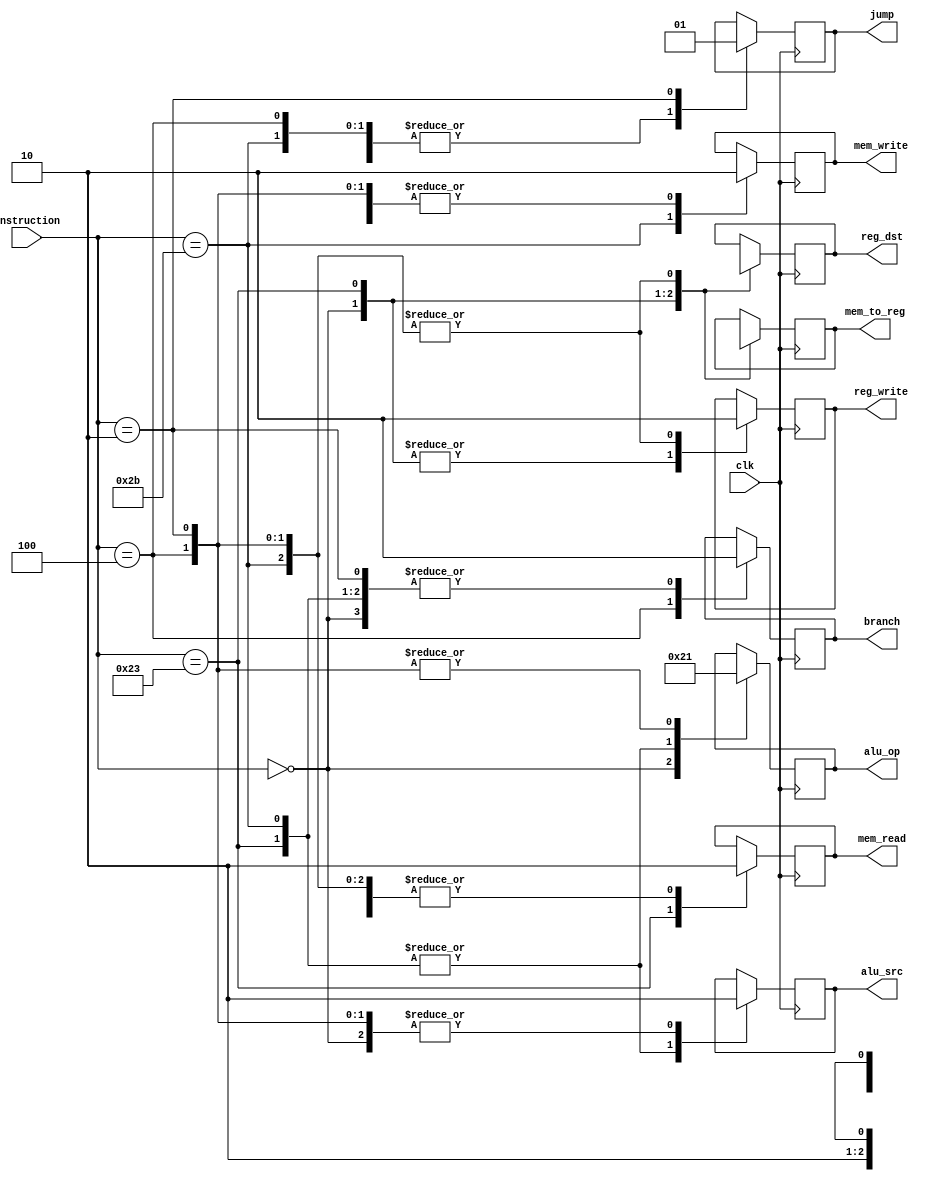
`timescale 1ns / 1ps

module control_unit(input clk, input wire [5:0] instruction, output reg reg_dst, output reg jump, output reg branch, output reg mem_read, 
                    output reg mem_to_reg, output reg [1:0] alu_op, output reg mem_write, output reg alu_src, output reg reg_write);
    
    always@(negedge clk) begin
        case(instruction)
            //case 1: r-format
            6'b000000: begin
                reg_dst=1; 
                alu_src=0;
                mem_to_reg=0;
                reg_write=1;
                mem_read=0;
                mem_write=0;
                branch=0;
                jump=0;
                alu_op=2'b10;
            end
            //case 2: lw
            6'b100011: begin
                reg_dst=0; 
                alu_src=1;
                mem_to_reg=1;
                reg_write=1;
                mem_read=1;
                mem_write=0;
                branch=0;
                jump=0;
                alu_op=2'b00;
            end
            //case 3: sw
            6'b101011: begin
                reg_dst=1'bx; 
                alu_src=1;
                mem_to_reg=1'bx;
                reg_write=0;
                mem_read=0;
                mem_write=1;
                branch=0;
                jump=0;
                alu_op=2'b00;
            end
            //case 4: beq
            6'b000100: begin
                reg_dst=1'bx; 
                alu_src=0;
                mem_to_reg=1'bx;
                reg_write=0;
                mem_read=0;
                mem_write=0;
                branch=1;
                jump=0;
                alu_op=2'b01;
            end
            //case 5: jump
            6'b000010: begin
                reg_dst=1'bx; 
                alu_src=0;
                mem_to_reg=1'bx;
                reg_write=0;
                mem_read=0;
                mem_write=0;
                branch=0;
                jump=1;
                alu_op=2'b01;
            end            
        endcase
    end            
endmodule